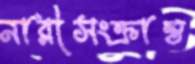
নারীসংক্রান্ত